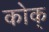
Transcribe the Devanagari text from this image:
कोक्